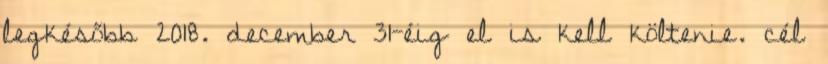
legkésőbb 2018. december 31-éig el is kell költenie. cél